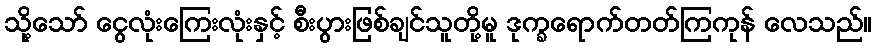
သို့သော် ငွေလုံးကြေးလုံးနှင့် စီးပွားဖြစ်ချင်သူတို့မူ ဒုက္ခရောက်တတ်ကြကုန် လေသည်။